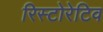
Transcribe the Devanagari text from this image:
रिस्टोरेटिव